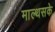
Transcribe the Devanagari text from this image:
माल्थसके